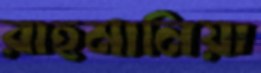
রাহমানিয়া